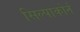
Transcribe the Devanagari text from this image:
सिल्पाकोर्न